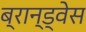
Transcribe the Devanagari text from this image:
ब्रान्ड्वेस